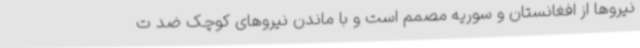
نیروها از افغانستان و سوریه مصمم است و با ماندن نیروهای کوچک ضد ت